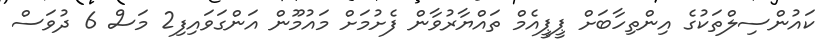
ކައުންސިލްތަކުގެ އިންތިހާބަށް ޕީޕީއެމް ތައްޔާރުވާން ފެށުމަށް މައުމޫން އަންގަވައިފި2 މަސް 6 ދުވަސް